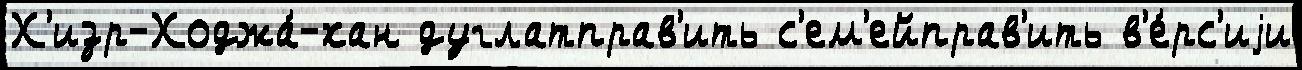
Х'изр-Ходжа́-хан дуглатправ'ить с'ем'ейправ'ить в'е́рс'иjи